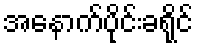
အနောက်ပိုင်းခရိုင်